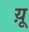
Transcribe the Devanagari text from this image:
य़ू